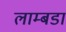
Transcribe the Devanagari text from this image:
लाम्बडा